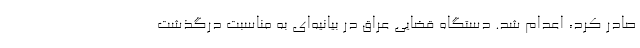
صادر کرد، اعدام شد. دستگاه قضایی عراق در بیانیه‌ای به مناسبت درگذشت